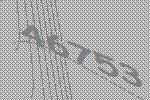
46753